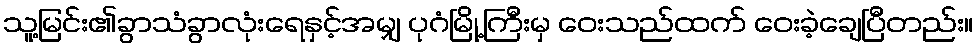
သူ့မြင်း၏ခွာသံခွာလုံးရေနှင့်အမျှ ပုဂံမြို့ကြီးမှ ဝေးသည်ထက် ဝေးခဲ့ချေပြီတည်း။